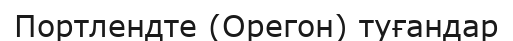
Портлендте (Орегон) туғандар